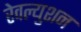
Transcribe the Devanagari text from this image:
रेवल्युशन